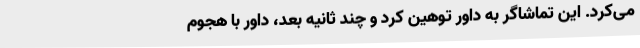
می‌کرد. این تماشاگر به داور توهین کرد و چند ثانیه بعد، داور با هجوم